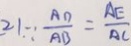
2 1 . \because \frac { A D } { A B } = \frac { A E } { A C }